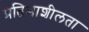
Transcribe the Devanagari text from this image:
प्रतिभाशीलता